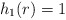
\begin{align*} h_1(r)=1 \end{align*}